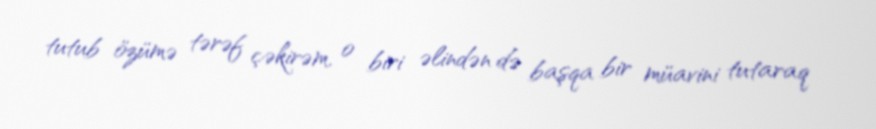
tutub özümə tərəf çəkirəm, o biri əlindən də başqa bir müavini tutaraq